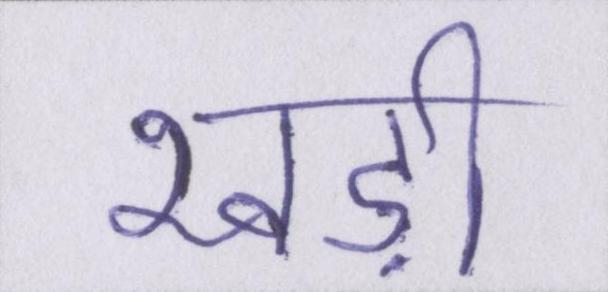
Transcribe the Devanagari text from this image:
खड़ी